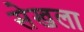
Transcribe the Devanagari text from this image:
सेखला